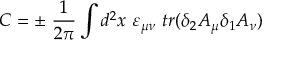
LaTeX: C = \pm \ { \frac { 1 } { 2 \pi } } \int d ^ { 2 } x \ \varepsilon _ { \mu \nu } \ t r ( \delta _ { 2 } A _ { \mu } \delta _ { 1 } A _ { \nu } )